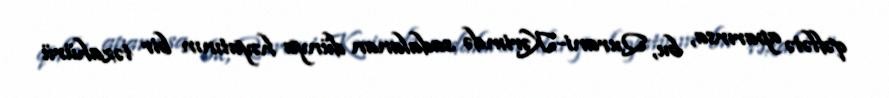
qəflətə aparırsa, bu, Qurani-Kərimdə sadalanan dünya həyatının bir təzahürü